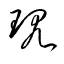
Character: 現